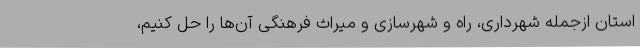
استان ازجمله شهرداری، راه و شهرسازی و میراث فرهنگی آن‌ها را حل کنیم،